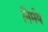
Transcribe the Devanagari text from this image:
निर्मय